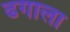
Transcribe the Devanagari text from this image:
ढगाला